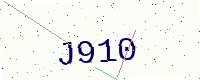
Text: J910